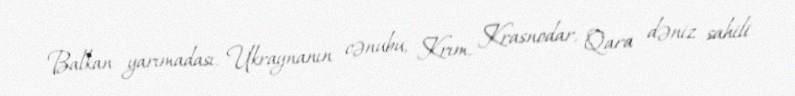
Balkan yarımadası, Ukraynanın cənubu, Krım, Krasnodar, Qara dəniz sahili